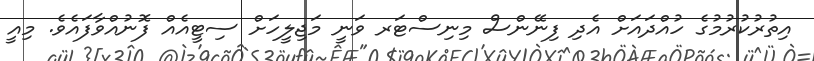
އިތުރުކުރުމުގެ ހުއްދައަށް އެދި ފިނޭންސް މިނިސްޓަރ ވަނީ މަޖިލީހަށް ސިޓީއެއް ފޮނުއްވާފައެވެ. މިއީ